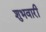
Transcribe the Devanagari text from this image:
शुभवारी